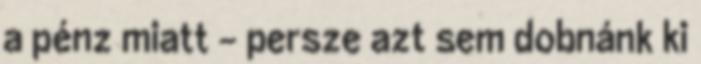
a pénz miatt - persze azt sem dobnánk ki